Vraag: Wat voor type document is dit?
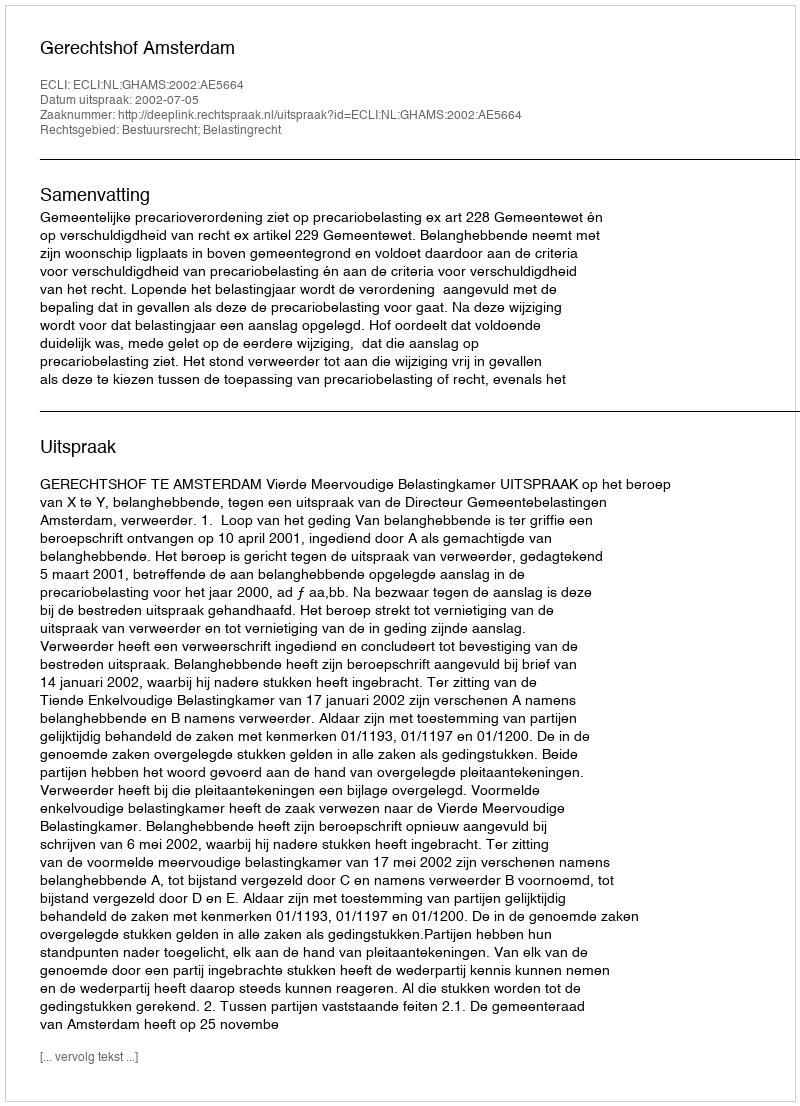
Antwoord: Uitspraak